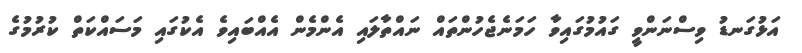
އަޅުގަނޑު ވިސްނަންވީ ގައުމުގައިވާ ހަމަނެޖެހުންތައް ނައްތާލައި އެންމެން އެއްބައިވެ އެކުގައި މަސައްކަތް ކުރުމުގެ